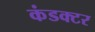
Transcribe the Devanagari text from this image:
कंडक्‍टर